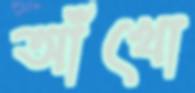
আঁখো